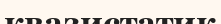
квазистатик